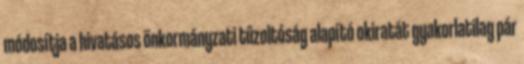
módosítja a hivatásos önkormányzati tűzoltóság alapító okiratát gyakorlatilag pár